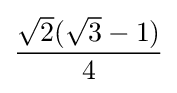
{\frac {{\sqrt {2}}({\sqrt {3}}-1)}{4}}